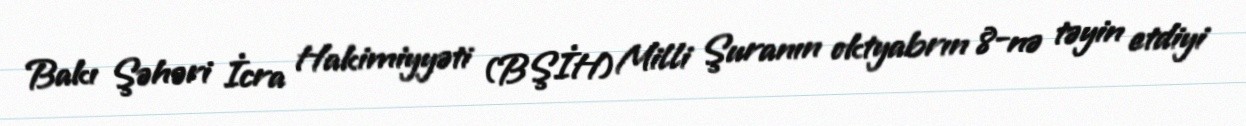
Bakı Şəhəri İcra Hakimiyyəti (BŞİH) Milli Şuranın oktyabrın 8-nə təyin etdiyi